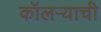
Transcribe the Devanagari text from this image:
कॉलऱ्याची